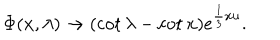
\Phi ( x , \lambda ) \rightarrow ( \cot \lambda - \cot x ) e ^ { \frac { 1 } { 3 } x u } .